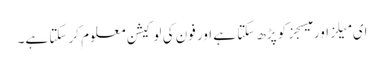
ای میلز اور میسجز کو پڑھ سکتا ہے اور فون کی لوکیشن معلوم کر سکتا ہے۔